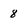
Character: 8